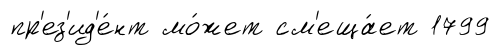
пр'ез'ид'е́нт мо́жет см'еща́ет 1799